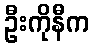
ဦးကိုနီက